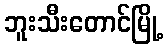
ဘူးသီးတောင်မြို့